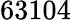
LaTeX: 63104